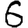
Digit: 6